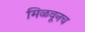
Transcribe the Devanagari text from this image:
मिळवूनच